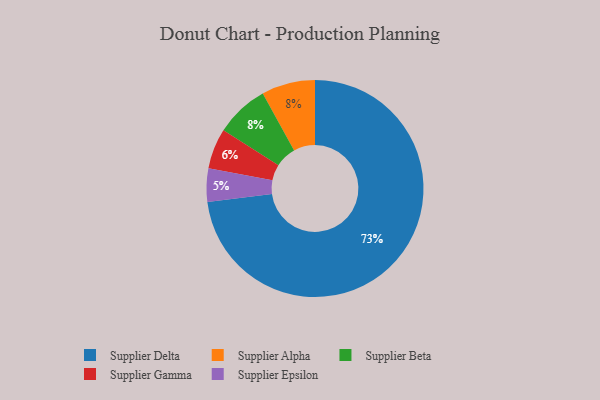
{"axis": {"x": "Category", "y": "Percentage"}, "legend": ["Supplier Alpha", "Supplier Beta", "Supplier Delta", "Supplier Epsilon", "Supplier Gamma"], "data": [{"x": "Supplier Epsilon", "y": 5, "type": "Supplier Epsilon"}, {"x": "Supplier Gamma", "y": 6, "type": "Supplier Gamma"}, {"x": "Supplier Delta", "y": 73, "type": "Supplier Delta"}, {"x": "Supplier Alpha", "y": 8, "type": "Supplier Alpha"}, {"x": "Supplier Beta", "y": 8, "type": "Supplier Beta"}]}